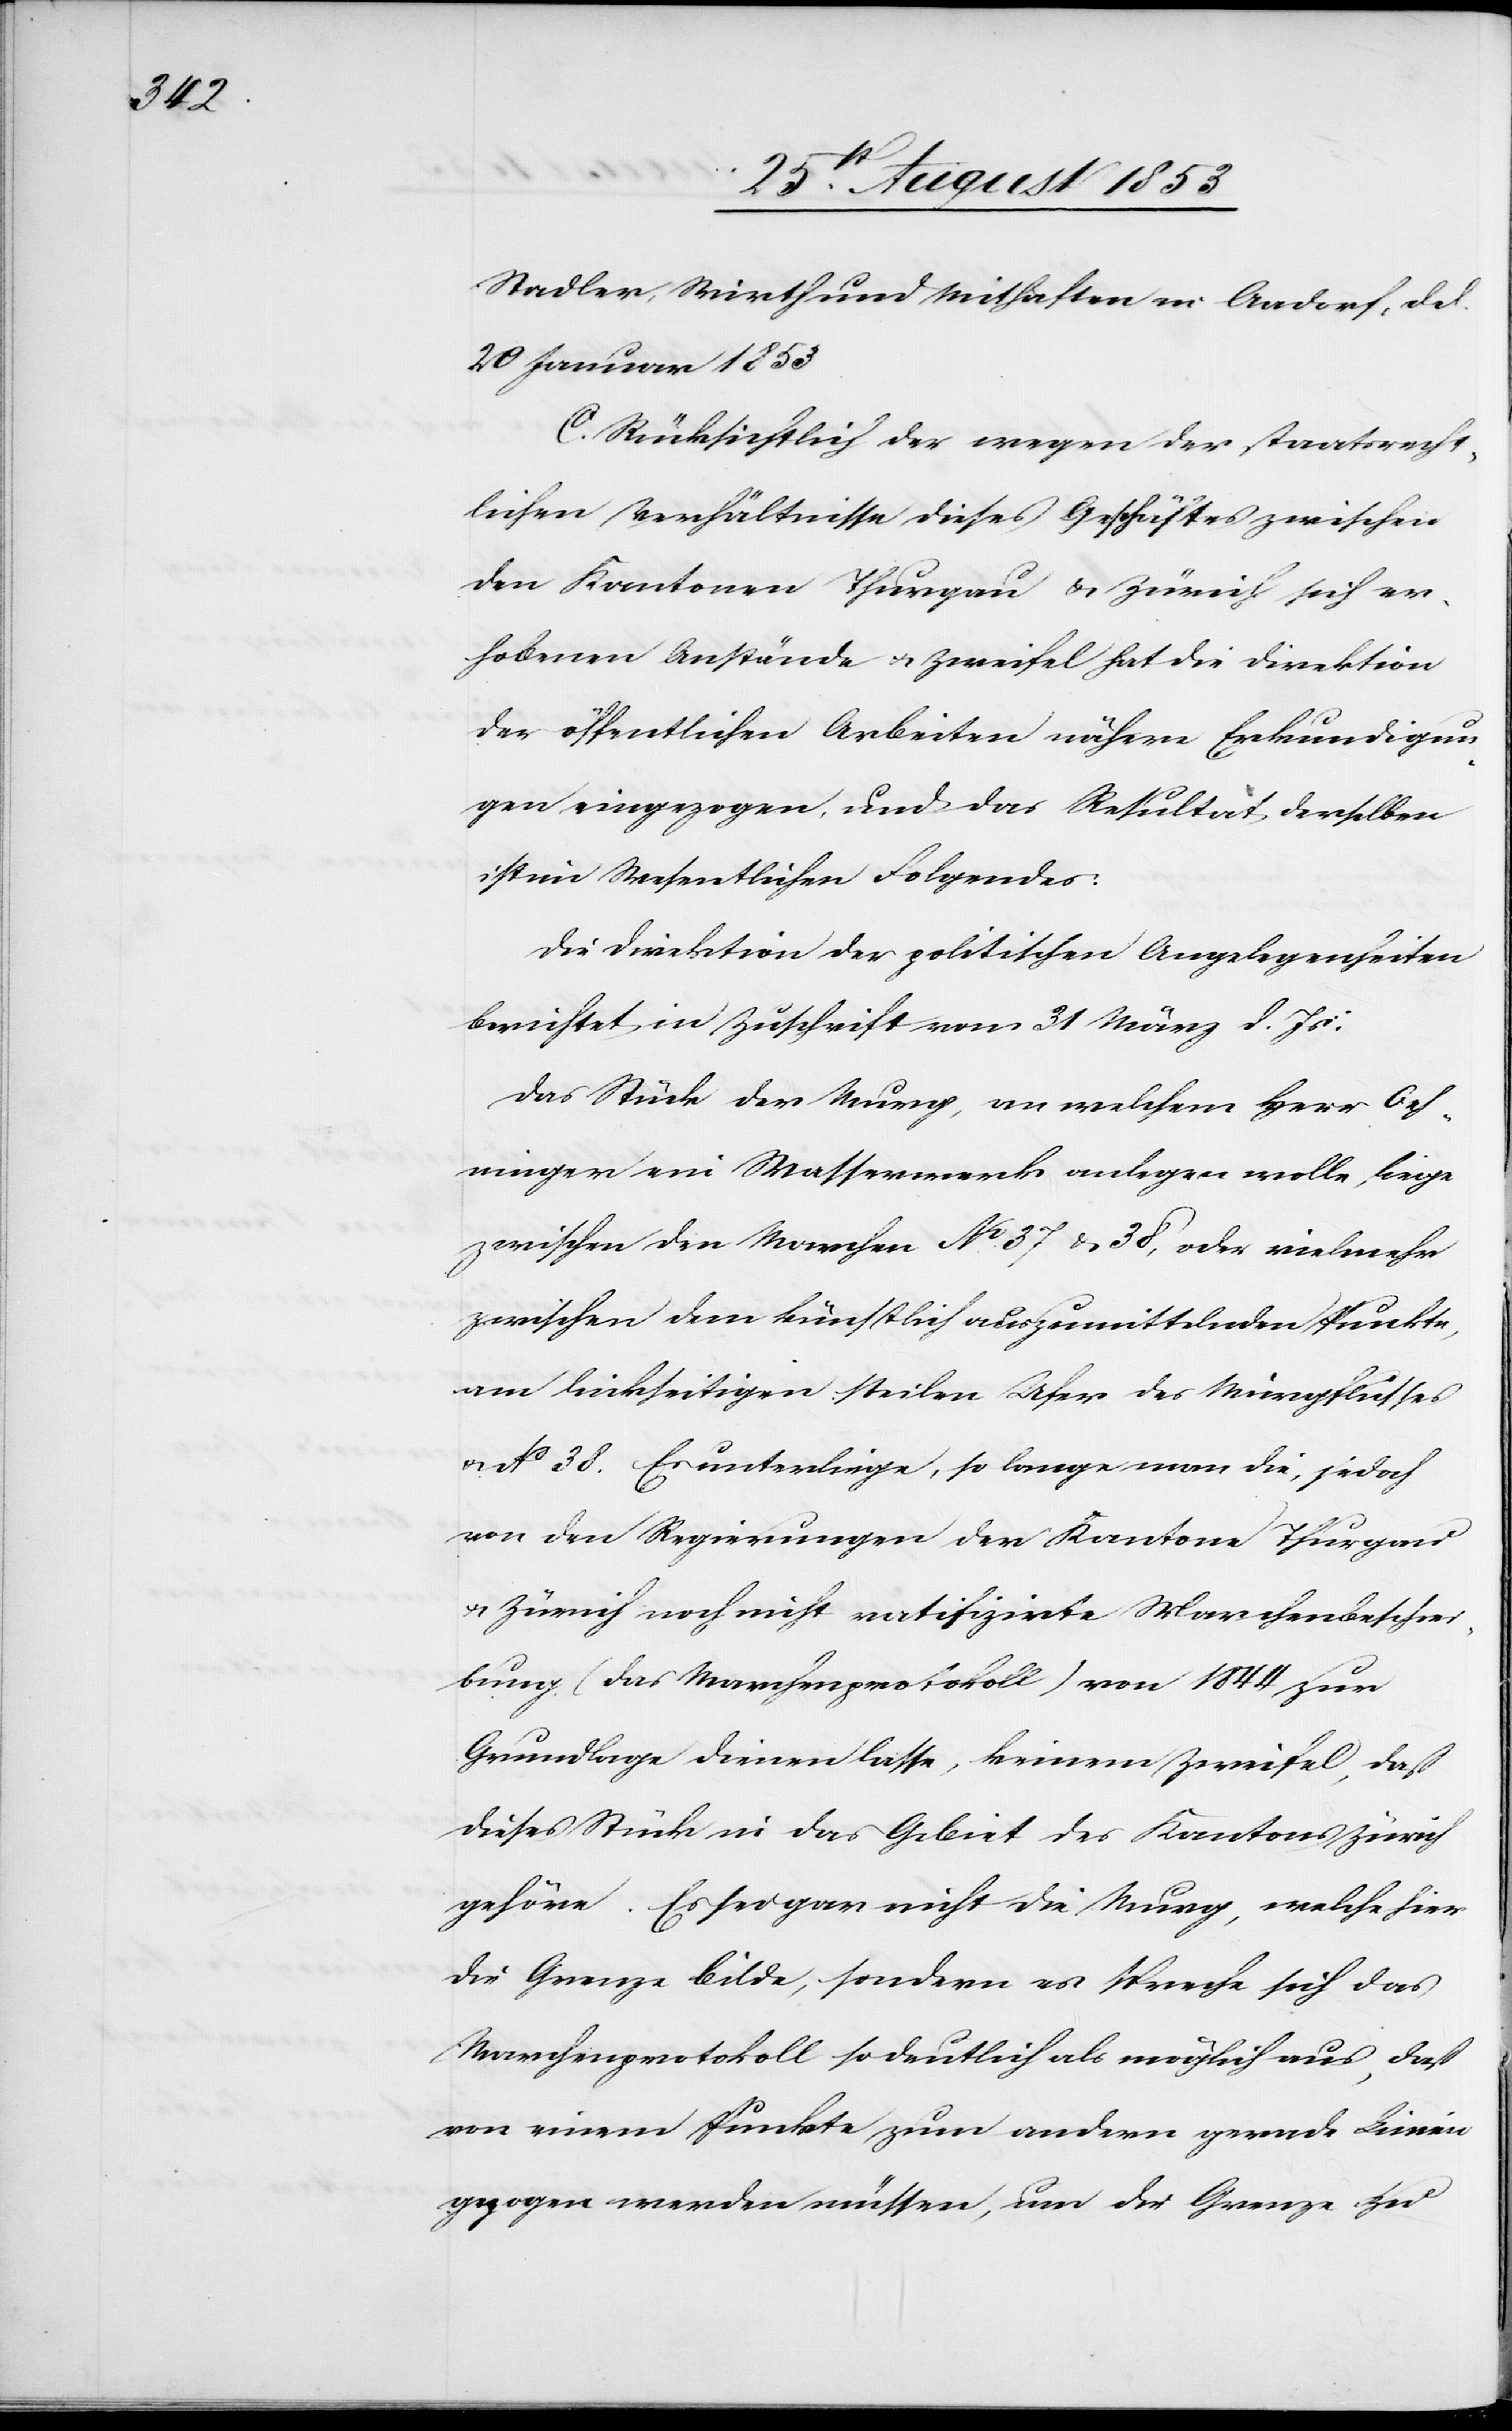
Stadler, Wirth und Mithaften in Aadorf, d.
20 Januar 1853.
C. Rücksichtlich der wegen der Staatsrecht¬
lichen Verhältnisse dieses Geschäftes zwischen
den Kantonen Thurgau u. Zürich sich er¬
hobenen Anstände u. Zweifel hat die Direktion
der öffentlichen Arbeiten nähere Erkundigun¬
gen eingezogen, und das Resultat derselben
ist im Wesentlichen Folgendes:
Die Direktion der politischen Angelegenheiten
berichtet in Zuschrift vom 31 März d. Js.:
Das Stück der Murg, an welchem Herr Oeh¬
ninger ein Wasserwerk anlegen wolle, liege
zwischen den Marchen N° 37 u. 38, oder vielmehr
zwischen dem künstlich auszumittelnden Punkte
am linkseitigen steilen Ufer des Murgflusses
u. N° 38. Es unterliege, so lange man die, jedoch
von den Regierungen der Kantone Thurgau
u. Zürich noch nicht ratifizirte Marchenbeschrei¬
bung (das Marchenprotokoll) von 1844 zur
Grundlage dienen lasse, keinen Zweifel, daß
dieses Stück in das Gebiet des Kantons Zürich
gehöre. Es sei gar nicht die Murg, welche hier
die Grenze bilde, sondern es spreche sich das
Marchenprotokoll so deutlich als möglich aus, daß
von einem Punkte zum andern gerade Linien
gezogen werden müssen, um die Grenze zu